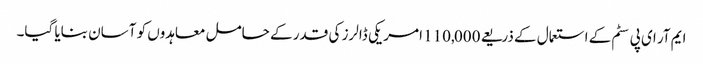
ایم آر ای پی سٹم کے استعمال کے ذریعے 110,000 امریکی ڈالرز کی قدر کے حامل معاہدوں کو آسان بنایا گیا۔